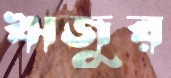
ঋজুর